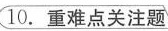
10.重难点关注题